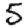
Digit: 5